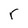
Character: r